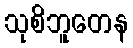
သုစိဘူတေန